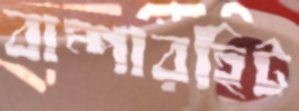
বাম্পারহিট